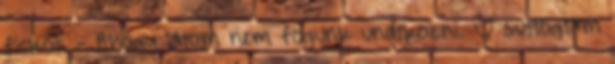
fickót. - Ahogy látom nem fogunk unatkozni. – suttogtam